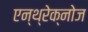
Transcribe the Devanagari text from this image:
एन्थ्रेक्नोज